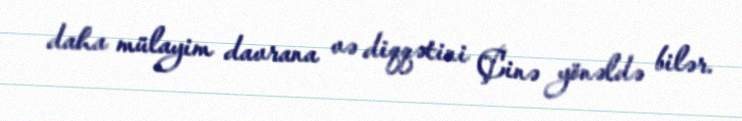
daha mülayim davrana və diqqətini Çinə yönəldə bilər.